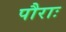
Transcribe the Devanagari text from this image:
पौराः